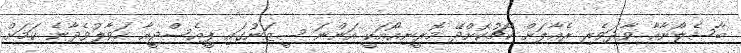
ބާސެލޯނާއާ ވާދަވެރި ރެއާލަށް ކޯޗުކޮށްދޭ މޮރީނިއޯއަކީ އަންނަ ސީޒަނުގައި ޕީއެސްޖީއާ ހަވާލުވެދާނެ ކަމަށް